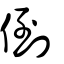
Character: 倒